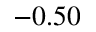
- 0 . 5 0